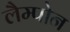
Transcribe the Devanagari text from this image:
लैम्पोन